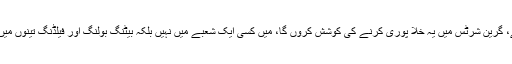
عماد بٹ کا کہنا تھا کہ عبدالرزاق کی کمی ضرور محسوس ہوتی ہے، گرین شرٹس میں یہ خلا پوری کرنے کی کوشش کروں گا، میں کسی ایک شعبے میں نہیں بلکہ بیٹنگ بولنگ اور فیلڈنگ تینوں میں نام کمانا چاہتا ہوں، خواہش ہے کہ بطور آل راو¿نڈر پہچانا جاو¿ں۔